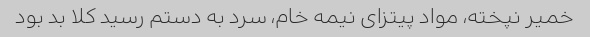
خمیر نپخته، مواد پیتزای نیمه خام، سرد به دستم رسید کلا بد بود